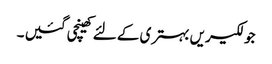
جو لکیریں بہتری کے لئے کھینچی گئیں ۔